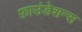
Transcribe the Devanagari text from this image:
फ़ाउंडेशन्स